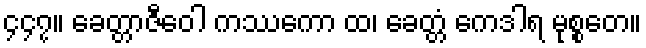
၄၄၇။ ခေတ္တာဇီဝေါ ကဿကော ထ၊ ခေတ္တံ ကေဒါရ မုစ္စတေ။